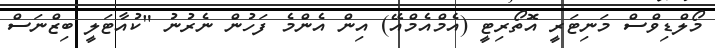
މޯލްޑިވްސް މަނިޓަރީ އޮތޯރިޓީ (އެމްއެމްއޭ) އިން އެންމެ ފަހުން ނެރުނު "ކުއާޓަލީ ބިޒްނަސް